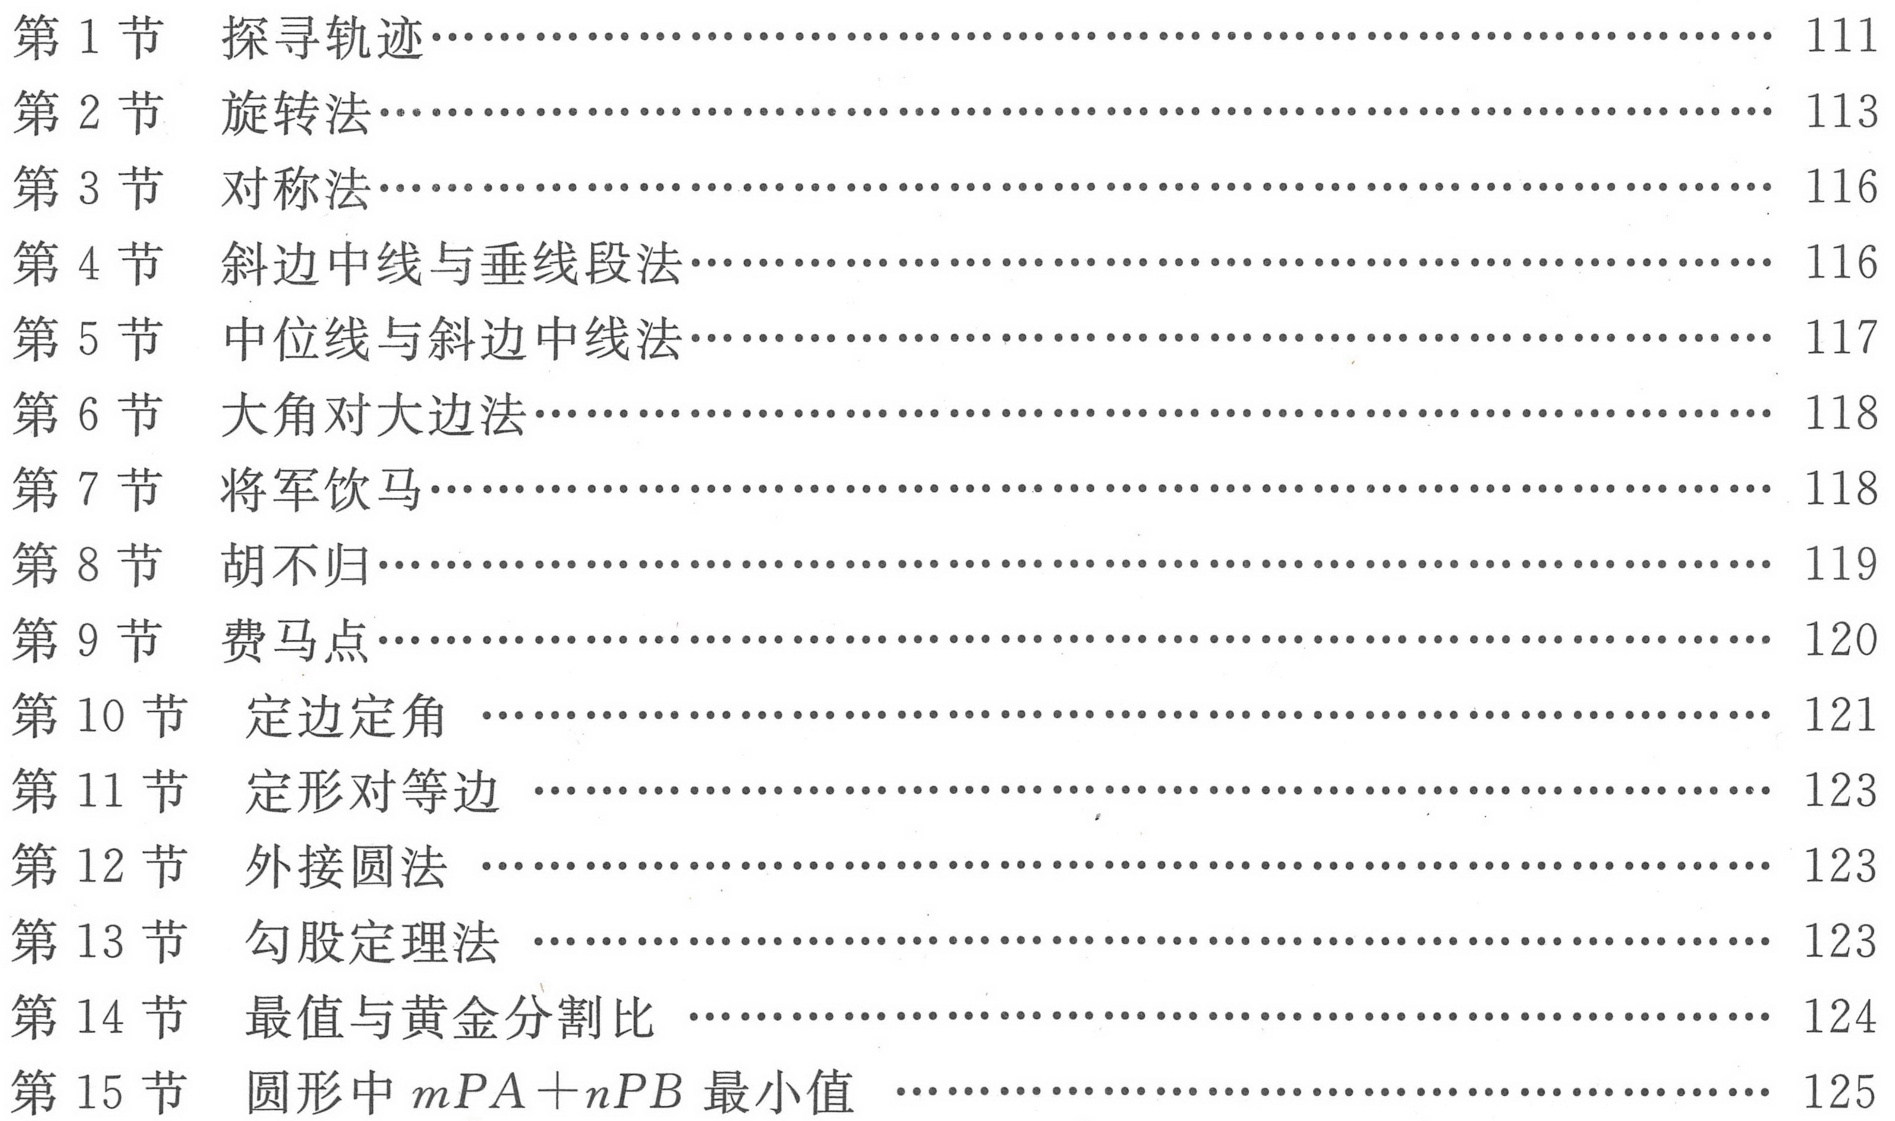
第 1 节 探寻轨迹……………………………………………………………… 111
第 2 节 旋转法………………………………………………………………… 113
第 3 节 对称法………………………………………………………………… 116
第 4 节 斜边中线与垂线段法………………………………………………… 116
第 5 节 中位线与斜边中线法………………………………………………… 117
第 6 节 大角对大边法………………………………………………………… 118
第 7 节 将军饮马……………………………………………………………… 118
第 8 节 胡不归………………………………………………………………… 119
第 9 节 费马点………………………………………………………………… 120
第 10 节 定边定角 …………………………………………………………… 121
第 11 节 定形对等边 …………………………………………………………… 123
第 12 节 外接圆法 …………………………………………………………… 123
第 13 节 勾股定理法 …………………………………………………………… 123
第 14 节 最值与黄金分割比 …………………………………………………… 124
第 15 节 圆形中\(mPA + nPB\)最小值 ………………………………………… 125